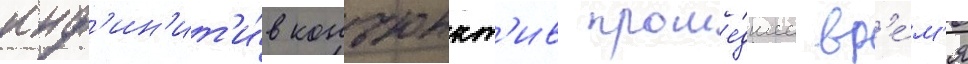
инф'ин'ит'и́в конъюнкт'ив проше́дшее вр'е́м'я